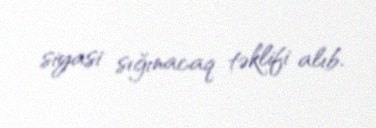
siyasi sığınacaq təklifi alıb.